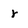
Character: r